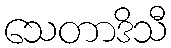
သေတာဒိသီ